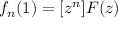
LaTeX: f _ { n } ( 1 ) = [ z ^ { n } ] F ( z )